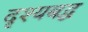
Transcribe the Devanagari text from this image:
दृश्यबद्ध